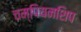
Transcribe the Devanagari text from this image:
चम्पियनशिप